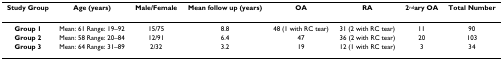
<table><thead><tr><td><b>Study Group</b></td><td><b>Age (years)</b></td><td><b>Male/Female</b></td><td><b>Mean follow up (years)</b></td><td><b>OA</b></td><td><b>RA</b></td><td><b>2<sup>nd</sup>ary OA</b></td><td><b>Total Number</b></td></tr></thead><tbody><tr><td><b>Group 1</b></td><td>Mean: 61 Range: 19–92</td><td>15/75</td><td>8.8</td><td>48 (1 with RC tear)</td><td>31 (2 with RC tear)</td><td>11</td><td>90</td></tr><tr><td><b>Group 2</b></td><td>Mean: 58 Range: 20–84</td><td>12/91</td><td>6.4</td><td>47</td><td>36 (2 with RC tear)</td><td>20</td><td>103</td></tr><tr><td><b>Group 3</b></td><td>Mean: 64 Range: 31–89</td><td>2/32</td><td>3.2</td><td>19</td><td>12 (1 with RC tear)</td><td>3</td><td>34</td></tr></tbody></table>